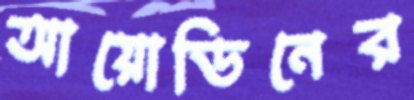
আয়োডিনের